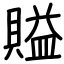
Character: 賹